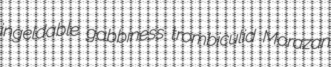
ingeldable gabbiness trombiculid Morazan